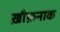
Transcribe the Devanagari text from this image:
ख़ौफ़नाक